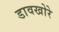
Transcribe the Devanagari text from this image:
डावखोरे